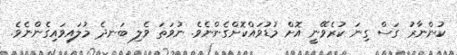
ކުންނާރު ގަސް ގިނަ ކުރެވޭނީ އޮށް މުޑުވައްކޮށްގެންނެވެ. ނުވަތަ ވެލި ބަނދެ މުލައިވައިގެންނެވެ.